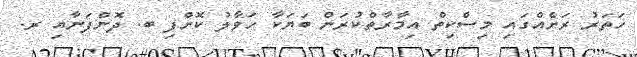
ހަތަރު ރަށެއްގައި މިސްކިތް އިމާރާތްކުރަން ބަޔަކާ ހަވާލު ކޮށްފި ބ. ދޮންފަނާއި ރ.